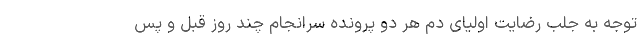
توجه به جلب رضایت اولیای دم هر دو پرونده سرانجام چند روز قبل و پس